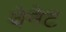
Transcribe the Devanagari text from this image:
वेनेट